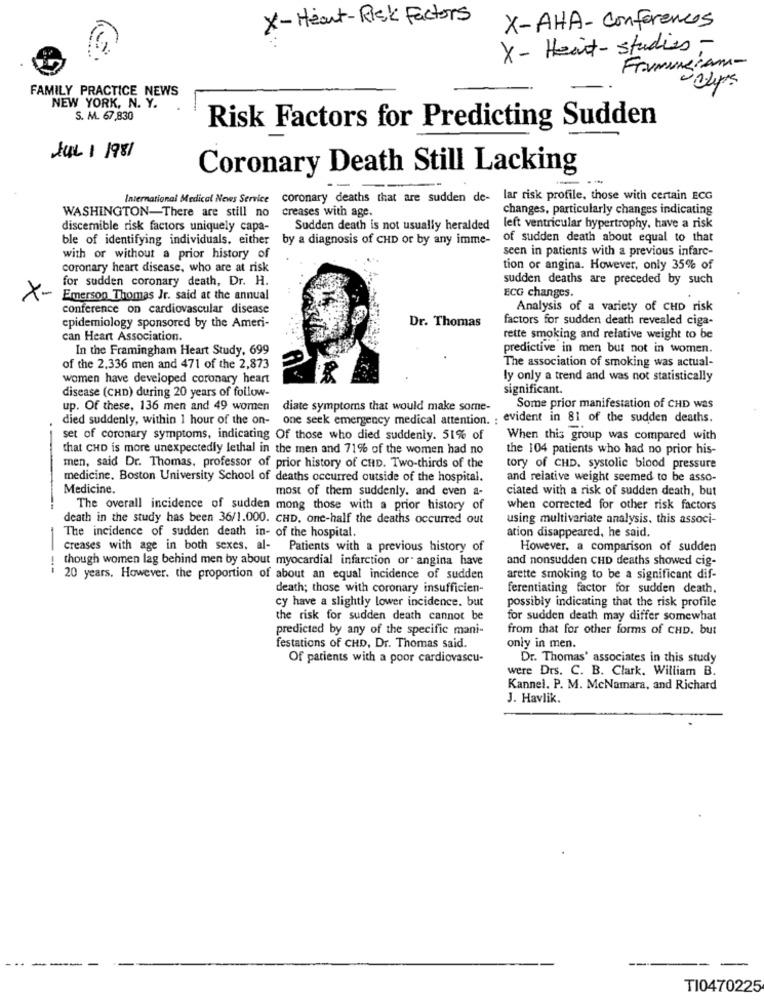
X-Heart-Risk Factors
X-AHA- Conferences
X- Heart- studies -
FranskiAm-
FAMILY PRACTICE NEWS
NEW YORK, N. Y.
S. M. 67,830
Risk Factors for Predicting Sudden
JUL 1 1981
Coronary Death Still Lacking
International Medical News Service coronary deaths that are sudden de-
lar risk profile, those with certain ECG
WASHINGTON-There are still no
creases with age
changes, particularly changes indicating
discemible risk factors uniquely capa-
Sudden death is not usually heralded left ventricular hypertrophy, have a risk
ble of identifying individuals, either by a diagnosis of CHD or by any imme-
of sudden death about equal to that
seen in patients with a previous infarc-
with or without a prior history of
coronary heart disease, who are at risk
tion or angina. However, only 35% of
for sudden coronary death, Dr. H.
sudden deaths are preceded by such
X-
Emerson Thomas Jr. said at the annual
ECG changes.
conference on cardiovascular disease
Analysis of a variety of CHD risk
Dr. Thomas
factors for sudden death revealed ciga-
epidemiology sponsored by the Ameri-
can Heart Association.
rette smoking and relative weight to be
In the Framingham Heart Study, 699
predictive in men but not in women.
of the 2,336 men and 471 of the 2,873
The association of smoking was actual-
women have developed coronary heart
ly only a trend and was not statistically
disease (CHD) during 20 years of follow-
significant.
up. Of these, 136 men and 49 women
diate symptoms that would make some-
Some prior manifestation of CHD was
died suddenly, within 1 hour of the on-
one seek emergency medical attention. : evident in 81 of the sudden deaths.
set of coronary symptoms, indicating Of those who died suddenly. 51% of
When this group was compared with
that CHD is more unexpectedly lethal in the men and 71% of the women had no
the 104 patients who had no prior his-
men, said Dr. Thomas, professor of prior history of CHD. Two-thirds of the
tory of CHD. systolic blood pressure
medicine. Boston University School of deaths occurred outside of the hospital.
and relative weight seemed to be asso-
Medicine.
most of them suddenly. and even a-
ciated with a risk of sudden death, but
The overall incidence of sudden mong those with a prior history of
when corrected for other risk factors
death in the study has been 36/1.000. CHD, one-half the deaths occurred out
using multivariate analysis, this associ-
The incidence of sudden death in- of the hospital.
ation disappeared, he said.
creases with age in both sexes. al- Patients with a previous history of
However, a comparison of sudden
though women lag behind men by about myocardial infarction orangina have
and nonsudden CHD deaths showed cig-
---
20 years. However, the proportion of about an equal incidence of sudden
arette smoking to be a significant dif-
death; those with coronary insufficien-
ferentiating factor for sudden death.
possibly indicating that the risk profile
cy have a slightly lower incidence. but
the risk for sudden death cannot be
for sudden death may differ somewhat
predicted by any of the specific mani-
from that for other forms of CHD. but
festations of CHD, Dr. Thomas said.
only in men.
Of patients with a poor cardiovascu-
Dr. Thomas' associates in this study
were Drs. C. B. Clark. William B.
Kannel. P. M. McNamara, and Richard
J. Havlik.
TI0470225